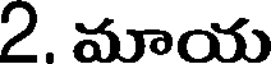
2. మాయ